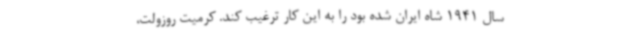
سال 1941 شاه ایران شده بود را به این کار ترغیب کند. کرمیت روزولت،